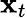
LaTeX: \mathbf{x}_{t}